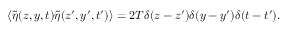
\left\langle \tilde { \eta } ( z , y , t ) \tilde { \eta } ( z ^ { \prime } , y ^ { \prime } , t ^ { \prime } ) \right\rangle = 2 T \delta ( z - z ^ { \prime } ) \delta ( y - y ^ { \prime } ) \delta ( t - t ^ { \prime } ) .